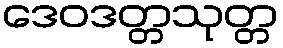
ဒေဝဒတ္တသုတ္တ